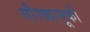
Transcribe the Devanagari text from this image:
गौरकानूकी